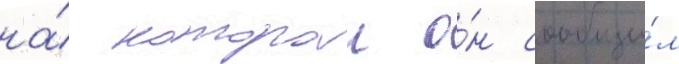
на́ которои о́н сообщи́л